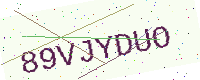
Text: 89VJYDUO